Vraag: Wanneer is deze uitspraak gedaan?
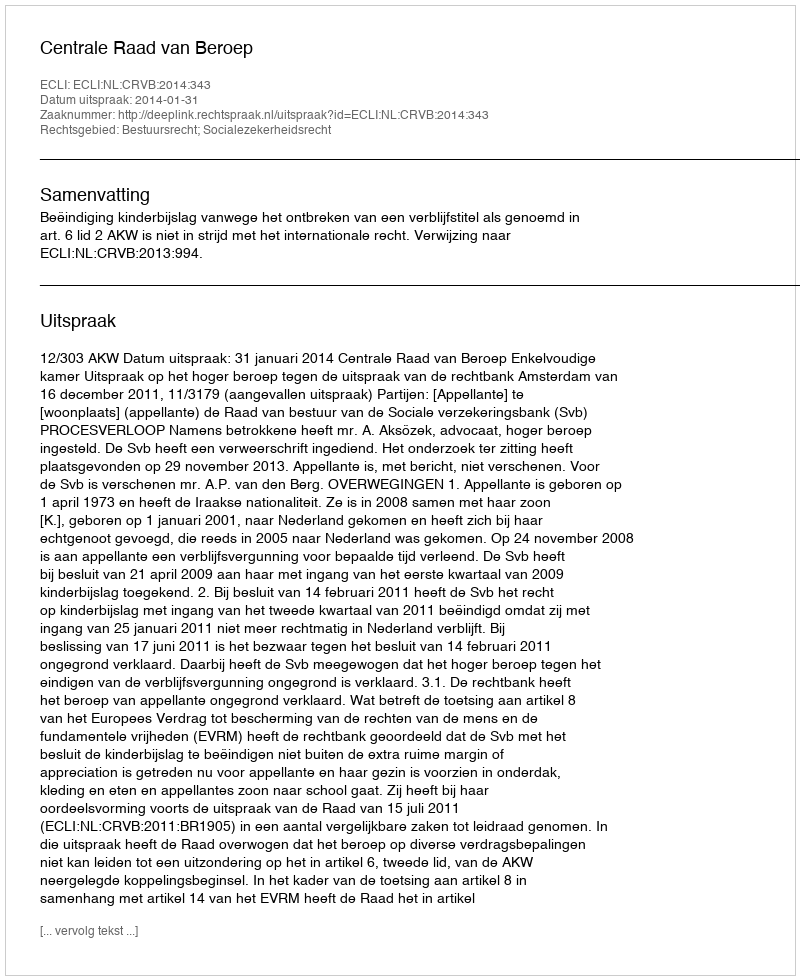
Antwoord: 2014-01-31